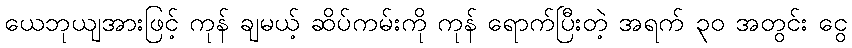
ယေဘုယျအားဖြင့် ကုန် ချမယ့် ဆိပ်ကမ်းကို ကုန် ရောက်ပြီးတဲ့ အရက် ၃၀ အတွင်း ငွေ